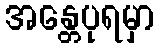
အန္တေပုရမှာ